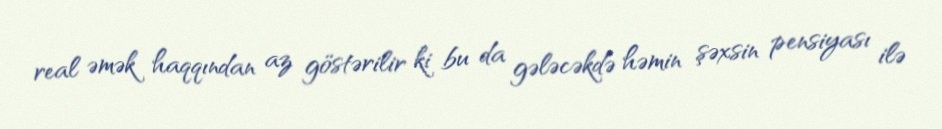
real əmək haqqından az göstərilir ki bu da gələcəkdə həmin şəxsin pensiyası ilə